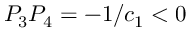
P _ { 3 } P _ { 4 } = - 1 / c _ { 1 } < 0